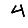
Digit: 4